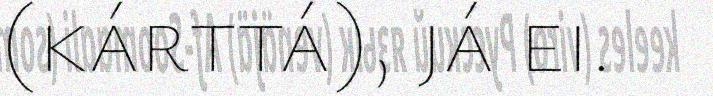
(kárttá), já ei.